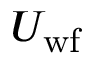
U _ { \mathrm { w f } }